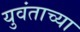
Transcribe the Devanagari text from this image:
युवंताच्या